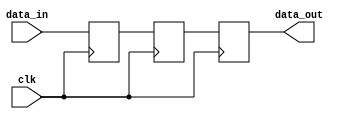
/*
  Copyright (c) 2023 miya
  All rights reserved.

  Redistribution and use in source and binary forms, with or without modification, are permitted provided that the following conditions are met:

  1. Redistributions of source code must retain the above copyright notice, this list of conditions and the following disclaimer.

  2. Redistributions in binary form must reproduce the above copyright notice, this list of conditions and the following disclaimer in the documentation and/or other materials provided with the distribution.

  THIS SOFTWARE IS PROVIDED BY THE COPYRIGHT HOLDERS AND CONTRIBUTORS "AS IS" AND ANY EXPRESS OR IMPLIED WARRANTIES, INCLUDING, BUT NOT LIMITED TO, THE IMPLIED WARRANTIES OF MERCHANTABILITY AND FITNESS FOR A PARTICULAR PURPOSE ARE DISCLAIMED.
  IN NO EVENT SHALL THE COPYRIGHT OWNER OR CONTRIBUTORS BE LIABLE FOR ANY DIRECT, INDIRECT, INCIDENTAL, SPECIAL, EXEMPLARY, OR CONSEQUENTIAL DAMAGES (INCLUDING, BUT NOT LIMITED TO,
  PROCUREMENT OF SUBSTITUTE GOODS OR SERVICES; LOSS OF USE, DATA, OR PROFITS; OR BUSINESS INTERRUPTION) HOWEVER CAUSED AND ON ANY THEORY OF LIABILITY, WHETHER IN CONTRACT, STRICT LIABILITY, OR TORT (INCLUDING NEGLIGENCE OR OTHERWISE) ARISING IN ANY WAY OUT OF THE USE OF THIS SOFTWARE, EVEN IF ADVISED OF THE POSSIBILITY OF SUCH DAMAGE.
*/

/* shift_register_vector ver.2 */

// DEPTH >= 1
// Latency = DEPTH

module shift_register_vector
  #(
    parameter WIDTH = 8,
    parameter DEPTH = 3
    )
  (
   input wire              clk,
   input wire [WIDTH-1:0]  data_in,
   output wire [WIDTH-1:0] data_out
   );

  generate
    genvar i;
    for (i = 0; i < DEPTH; i = i + 1)
      begin: delay_gen
        reg [WIDTH-1:0] temp_reg;
        always @(posedge clk)
          begin
            if (i == DEPTH-1)
              begin
                delay_gen[i].temp_reg <= data_in;
              end
            else
              begin
                delay_gen[i].temp_reg <= delay_gen[i+1].temp_reg;
              end
          end
      end
    assign data_out = delay_gen[0].temp_reg;
  endgenerate

endmodule